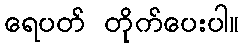
ရေပတ် တိုက်ပေးပါ။